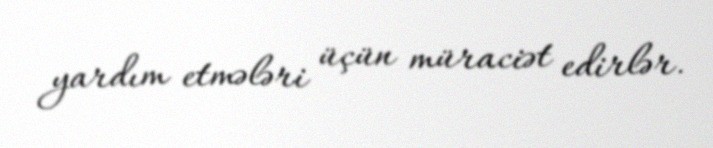
yardım etmələri üçün müraciət edirlər.